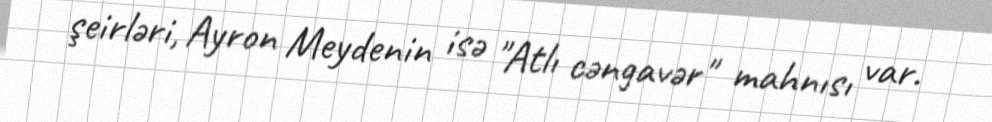
şeirləri, Ayron Meydenin isə "Atlı cəngavər" mahnısı var.